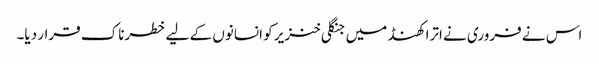
اس نے فروری نے اترا کھنڈ میں جنگلی خنزیر کو انسانوں کے لیے خطرناک قرار دیا۔